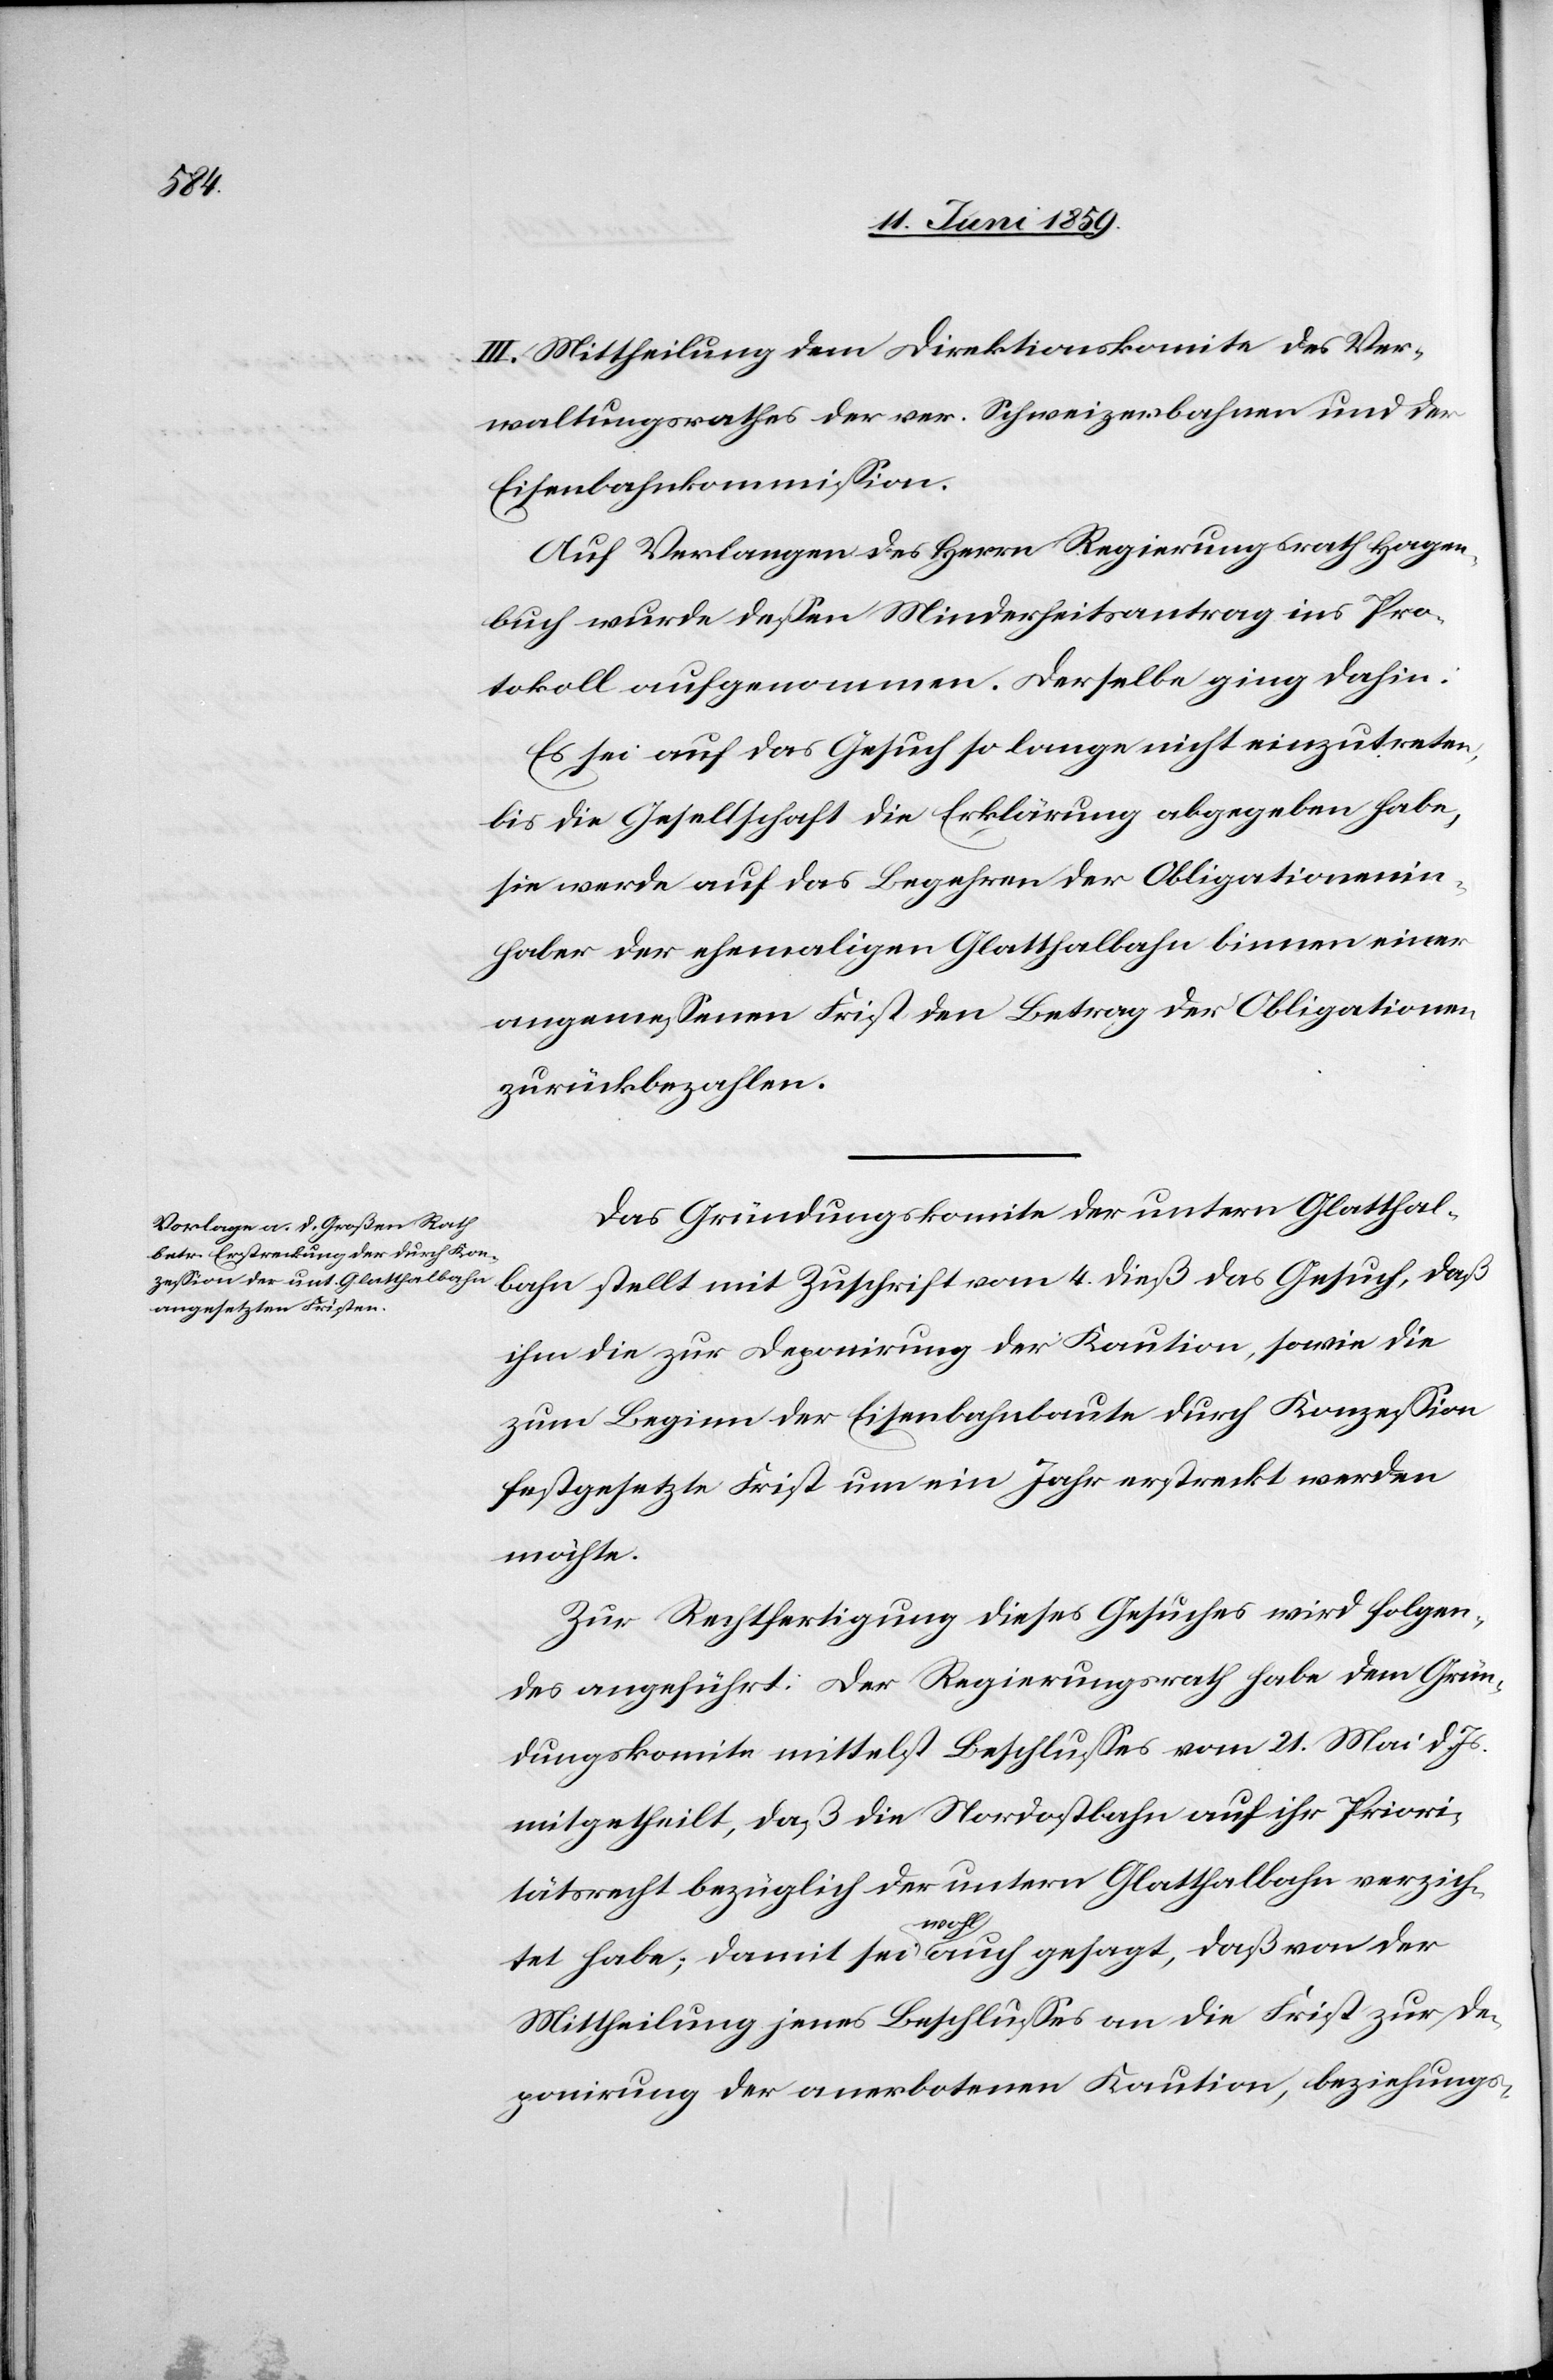
vom 4.

III. Mittheilung dem Direktionskomite des Ver¬
waltungsrathes der ver. Schweizerbahnen und der
Eisenbahnkommission.
Auf Verlangen des Herrn Regierungsrath Hagen¬
buch wurde dessen Minderheitsantrag ins Pro¬
tokoll aufgenommen. Derselbe ging dahin:
Es sei auf das Gesuch so lange nicht einzutreten,
bis die Gesellschaft die Erklärung abgegeben habe,
sie werde auf das Begehren der Obligationenin¬
haber der ehemaligen Glatthalbahn binnen einer
angemessenen Frist den Ertrag der Obligationen
zurückbezahlen.
Das Gründungskomite der untern Glatthal¬
ihm die zur Deponirung der Kaution, sowie die
zum Beginn der Eisenbahnbaute durch Konzession
festgesetzte Frist um ein Jahr erstreckt werden
möchte.
Zur Rechtfertigung dieses Gesuches wird folgen¬
des angeführt: Der Regierungsrath habe dem Grün¬
dungskomite mittelst Beschlusses vom 21. Mai d. Js.
mitgetheilt, daß die Nordostbahn auf ihr Priori¬
tätsrecht bezüglich der untern Glatthalbahn verzich¬
tet habe; damit sei wohl auch gesagt, daß von der
Mittheilung jenes Beschlusses an die Frist zur De¬
ponirung der anerbotenen Kaution, beziehungs-